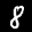
Label: 8